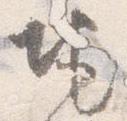
地